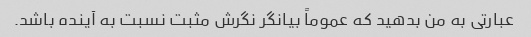
عبارتی به من بدهید که عموماً بیانگر نگرش مثبت نسبت به آینده باشد.